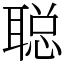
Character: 聪